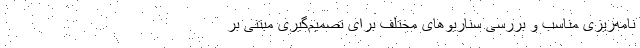
نامه‌ریزی مناسب و بررسی سناریو‌های مختلف برای تصمیم‌گیری مبتنی بر